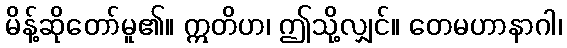
မိန့်ဆိုတော်မူ၏။ ဣတိဟ၊ ဤသို့လျှင်။ တေမဟာနာဂါ၊